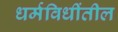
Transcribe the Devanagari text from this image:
धर्मविधींतील